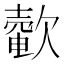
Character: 𣤟